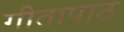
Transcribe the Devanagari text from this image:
गीतापाठ